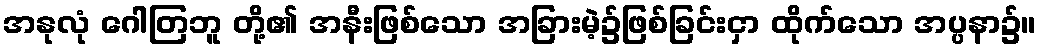
အနုလုံ ဂေါတြဘူ တို့၏ အနီးဖြစ်သော အခြားမဲ့၌ဖြစ်ခြင်းငှာ ထိုက်သော အပ္ပနာ၌။